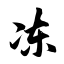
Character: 冻